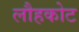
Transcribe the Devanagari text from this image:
लौहकोट